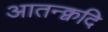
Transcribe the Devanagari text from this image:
आतन्क्वदि